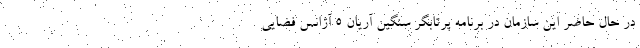
در حال حاضر این سازمان در برنامه پرتابگر سنگین آریان ۵ آژانس فضایی